Annual report on the lock hospitals of the Madras Presidency
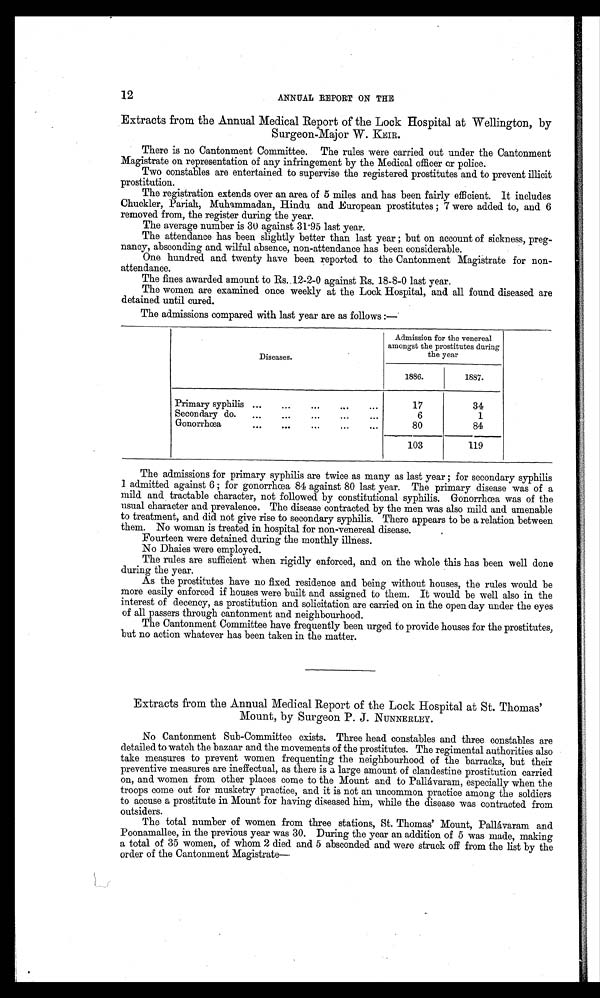
12
ANNUAL REPORT ON THE
Extracts from the Annual Medical Report of the Lock Hospital at Wellington, by
Surgeon-Major W. KEIR.
There is no Cantonment Committee. The rules were carried out under the Cantonment
Magistrate on representation of any infringement by the Medical officer or police.
Two constables are entertained to supervise the registered prostitutes and to prevent illicit
prostitution.
The registration extends over an area of 5 miles and has been fairly efficient. It includes
Chuckler, Pariah, Muhammadan, Hindu and European prostitutes; 7 were added to, and 6
removed from, the register during the year.
The average number is 30 against 31 . 95 last year.
The attendance has been slightly better than last year but on account of sickness, preg-
nancy, absconding and wilful absence, non-attendance has been considerable.
One hundred and twenty have been reported to the Cantonment Magistrate for non-
attendance.
The fines awarded amount to Rs. 12-2-0 against Rs. 18-8-0 last year.
The women are examined once weekly at the Lock Hospital, and all found diseased are
detained until cured.
The admissions compared with last year are as follows :—
Diseases.
Admission for the venereal
amongst the prostitutes during
the year
1886.
1887.
Primary syphilis ...
...
...
...
. . .
17
34
Secondary do.
...
...
...
...
6
1
Gonorrhœa
...
...
...
...
...
80
84
103
119
The admissions for primary syphilis are twice as many as last year ; for secondary syphilis
1 admitted against 6 for gonorrhœa 84 against 80 last year. The primary disease was of a
mild and tractable character, not followed by constitutional syphilis. Gonorrhœa was of the
usual character and prevalence. The disease contracted by the men was also mild and amenable
to treatment, and did not give rise to secondary syphilis. There appears to be a relation between
them. No woman is treated in hospital for non-venereal disease.
Fourteen were detained during the monthly illness.
No Dhaies were employed.
The rules are sufficient when rigidly enforced, and on the whole this has been well done
during the year.
As the prostitutes have no fixed residence and being without houses, the rules would be
more easily enforced if houses were built and assigned to them. It would be well also in the
interest of decency, as prostitution and solicitation are carried on in the open day under the eyes
of all passers through cantonment and neighbourhood.
The Cantonment Committee have frequently been urged to provide houses for the prostitutes,
but no action whatever has been taken in the matter.
Extracts from the Annual Medical Report of the Lock Hospital at St. Thomas'
Mount, by Surgeon P. J. NUNNERLEY.
No Cantonment Sub-Committee exists. Three head constables and three constables are
detailed to watch the bazaar and the movements of the prostitutes. The regimental authorities also
take measures to prevent women frequenting the neighbourhood of the barracks, but their
preventive measures are ineffectual, as there is a large amount of clandestine prostitution carried
on, and women from other places come to the Mount and to Pallávaram, especially when the
troops come out for musketry practice, and it is not an uncommon practice among the soldiers
to accuse a prostitute in Mount for having diseased him, while the disease was contracted from
outsiders.
The total number of women from three stations, St. Thomas' Mount, Pallávaram and
Poonamallee, in the previous year was 30. During the year an addition of 5 was made, making
a total of 35 women, of whom 2 died and 5 absconded and were struck off from the list by the
order of the Cantonment Magistrate—.